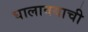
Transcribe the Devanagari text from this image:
घालावयाची